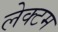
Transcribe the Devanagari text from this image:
लेक्टम